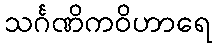
သင်္ဂဏိကဝိဟာရေ